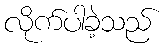
လိုက်ပါခဲ့သည်